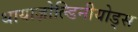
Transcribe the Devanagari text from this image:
थायाज़ोल्डिनीयोड्स